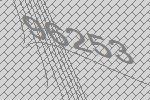
96253